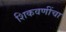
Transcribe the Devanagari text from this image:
शिकवणींचा